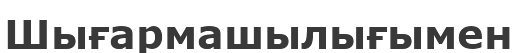
Шығармашылығымен